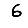
Digit: 6